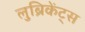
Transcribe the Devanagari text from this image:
लुब्रिकेंट्स